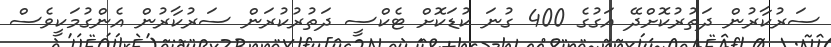
ސަރުކާރުން ދަތުރުކޮށްދޭ އަގުގެ 400 ގުނަ ކުޑަކޮށް ޓެކްސީ ދަތުރުކުރަން ސަރުކާރުން އެންގުމަކީވެސް